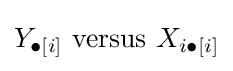
Y_{\bullet [i]}\mathrm {\ versus\ } X_{i\bullet [i]}